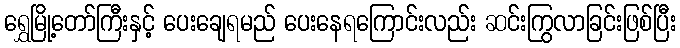
ရွှေမြို့တော်ကြီးနှင့် ပေးချေရမည် ပေးနေရကြောင်းလည်း ဆင်းကြွလာခြင်းဖြစ်ပြီး